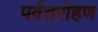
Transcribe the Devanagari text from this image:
पर्वतरोहण